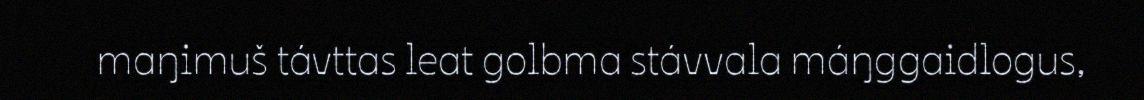
maŋimuš távttas leat golbma stávvala máŋggaidlogus,